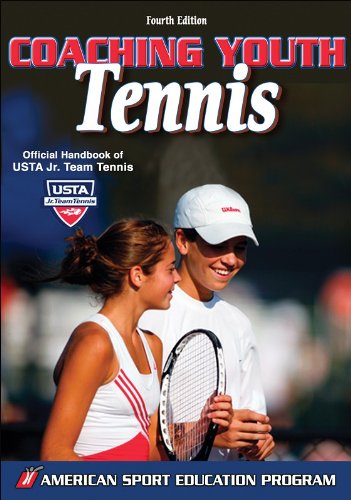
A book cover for Coaching Youth Tennis - 4th Edition (Coaching Youth Sports Series); American Sport Education Program; Sports & Outdoors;